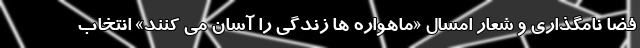
فضا نامگذاری و شعار امسال «ماهواره ها زندگی را آسان می کنند» انتخاب